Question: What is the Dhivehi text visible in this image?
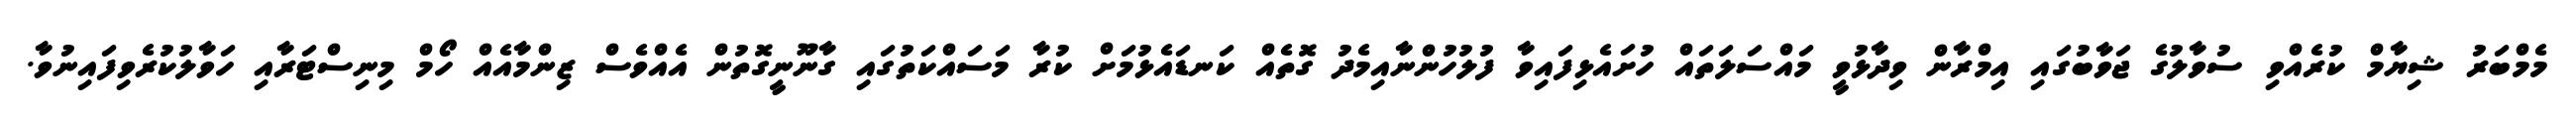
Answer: މެމްބަރު ޝިޔާމް ކުރެއްވި ސުވާލުގެ ޖަވާބުގައި އިމްރާން ވިދާޅުވީ މައްސަލަތައް ހުށައެޅިފައިވާ ފުލުހުންނާއިމެދު ގޮތެއް ކަނޑައެޅުމަށް ކުރާ މަސައްކަތުގައި ގާނޫނީގޮތުން އެއްވެސް ޒިންމާއެއް ހޯމް މިނިސްޓަރާއި ހަވާލުކުރެވިފައިނުވާ.